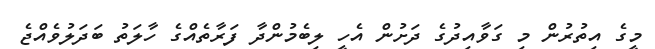
މީގެ އިތުރުން މި ގަވާއިދުގެ ދަށުން އެހީ ލިބެމުންދާ ފަރާތެއްގެ ހާލަތު ބަދަލުވެއްޖެ